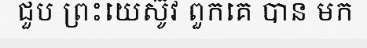
ជួប ព្រះយេស៊ូវ ពួកគេ បាន មក